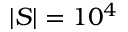
\vert { \cal S } \vert = 1 0 ^ { 4 }